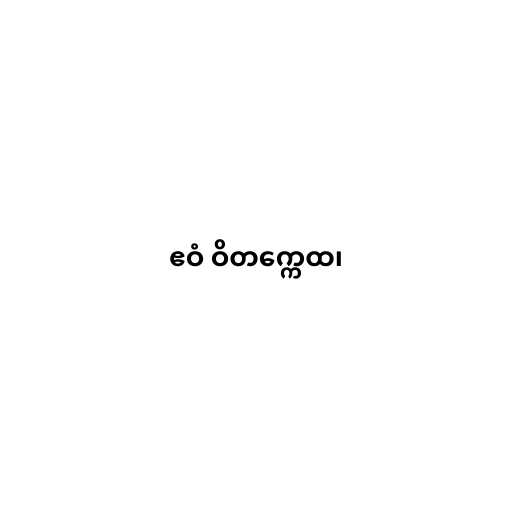
ဧဝံ ဝိတက္ကေထ၊